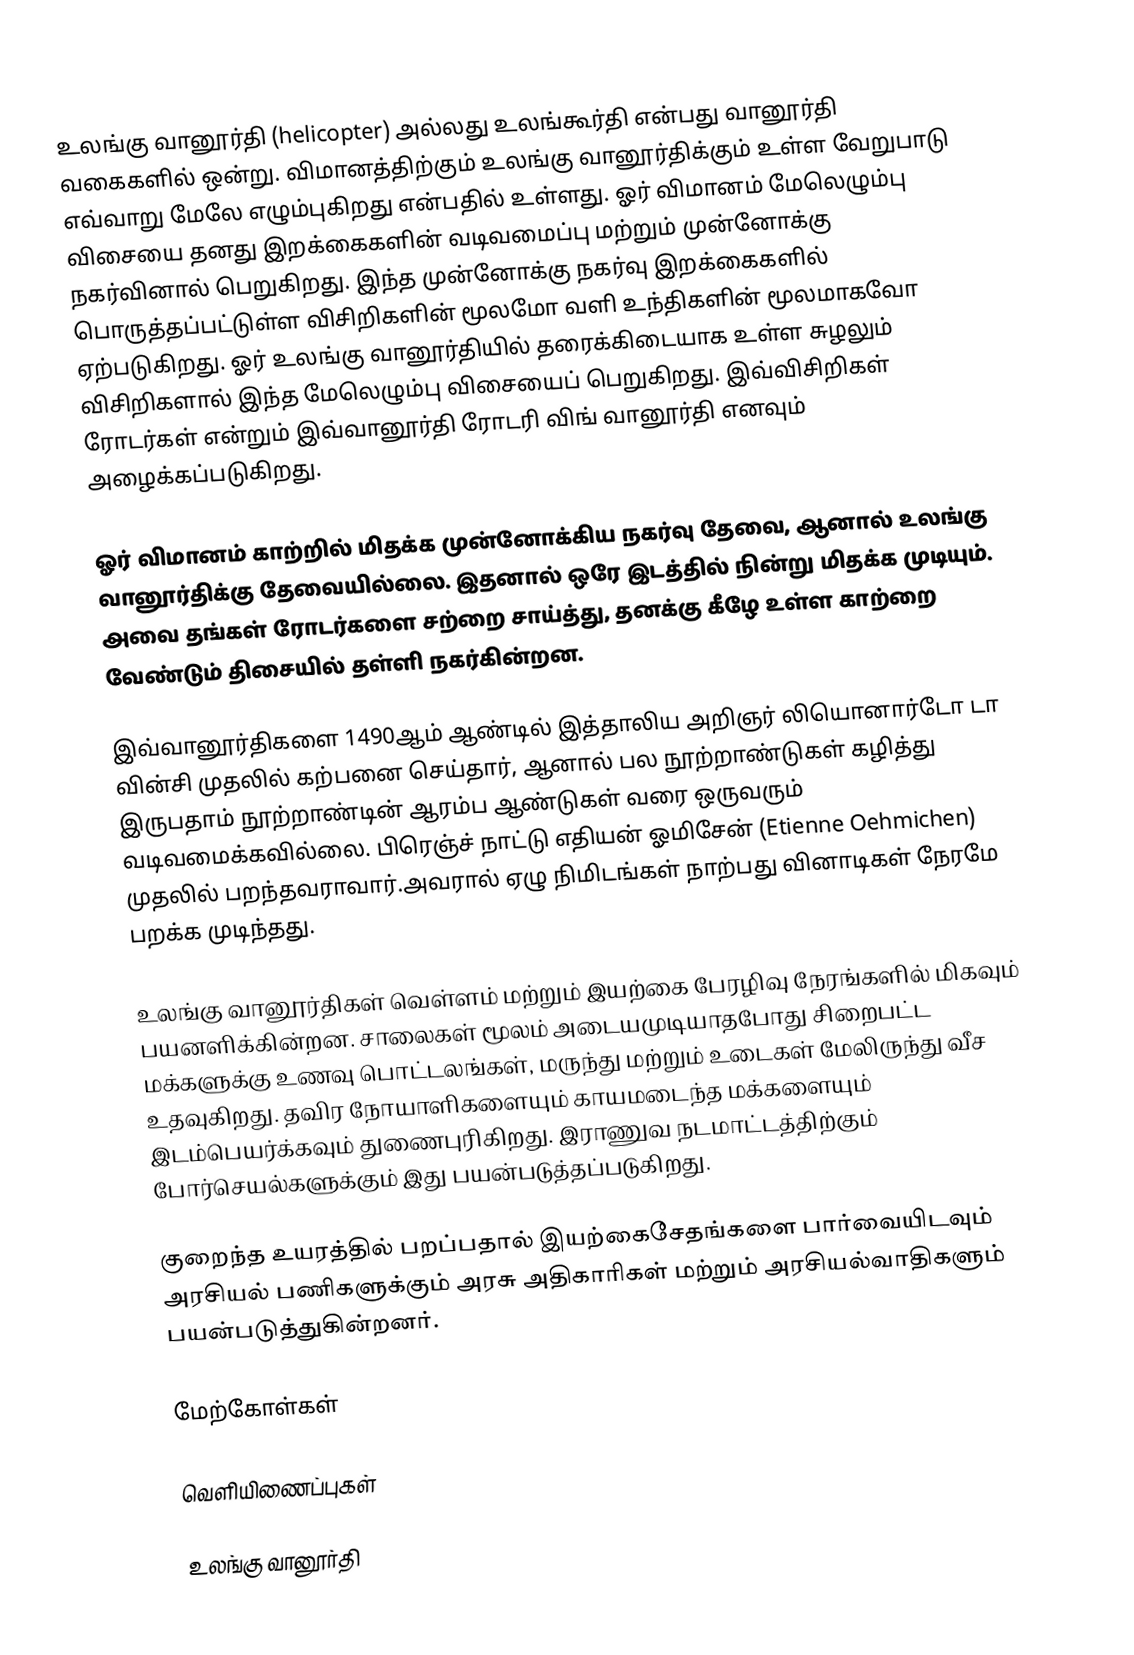
உலங்கு வானூர்தி (helicopter)  அல்லது உலங்கூர்தி என்பது வானூர்தி வகைகளில் ஒன்று. விமானத்திற்கும் உலங்கு வானூர்திக்கும் உள்ள வேறுபாடு எவ்வாறு மேலே எழும்புகிறது என்பதில் உள்ளது. ஓர் விமானம் மேலெழும்பு விசையை தனது இறக்கைகளின் வடிவமைப்பு மற்றும் முன்னோக்கு நகர்வினால் பெறுகிறது. இந்த முன்னோக்கு நகர்வு இறக்கைகளில் பொருத்தப்பட்டுள்ள விசிறிகளின் மூலமோ வளி உந்திகளின் மூலமாகவோ ஏற்படுகிறது. ஓர் உலங்கு வானூர்தியில் தரைக்கிடையாக உள்ள சுழலும் விசிறிகளால் இந்த மேலெழும்பு விசையைப் பெறுகிறது. இவ்விசிறிகள் ரோடர்கள் என்றும் இவ்வானூர்தி ரோடரி விங் வானூர்தி எனவும் அழைக்கப்படுகிறது.

ஓர் விமானம் காற்றில் மிதக்க முன்னோக்கிய நகர்வு தேவை, ஆனால் உலங்கு வானூர்திக்கு தேவையில்லை. இதனால் ஒரே இடத்தில் நின்று மிதக்க முடியும். அவை தங்கள் ரோடர்களை சற்றை சாய்த்து, தனக்கு கீழே உள்ள காற்றை வேண்டும் திசையில் தள்ளி நகர்கின்றன.

இவ்வானூர்திகளை 1490ஆம் ஆண்டில் இத்தாலிய அறிஞர் லியொனார்டோ டா வின்சி முதலில் கற்பனை செய்தார், ஆனால் பல நூற்றாண்டுகள் கழித்து இருபதாம் நூற்றாண்டின் ஆரம்ப ஆண்டுகள் வரை ஒருவரும் வடிவமைக்கவில்லை. பிரெஞ்ச் நாட்டு எதியன் ஓமிசேன் (Etienne Oehmichen) முதலில் பறந்தவராவார்.அவரால் ஏழு நிமிடங்கள் நாற்பது வினாடிகள் நேரமே பறக்க முடிந்தது.

உலங்கு வானூர்திகள் வெள்ளம் மற்றும் இயற்கை பேரழிவு நேரங்களில் மிகவும் பயனளிக்கின்றன. சாலைகள் மூலம் அடையமுடியாதபோது சிறைபட்ட மக்களுக்கு உணவு பொட்டலங்கள், மருந்து மற்றும் உடைகள் மேலிருந்து வீச உதவுகிறது. தவிர நோயாளிகளையும் காயமடைந்த மக்களையும் இடம்பெயர்க்கவும் துணைபுரிகிறது. இராணுவ நடமாட்டத்திற்கும் போர்செயல்களுக்கும் இது பயன்படுத்தப்படுகிறது.

குறைந்த உயரத்தில் பறப்பதால் இயற்கைசேதங்களை பார்வையிடவும் அரசியல் பணிகளுக்கும் அரசு அதிகாரிகள் மற்றும் அரசியல்வாதிகளும் பயன்படுத்துகின்றனர்.

மேற்கோள்கள்

வெளியிணைப்புகள்

உலங்கு வானூர்தி